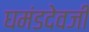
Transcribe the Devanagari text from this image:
घमंडदेवजी